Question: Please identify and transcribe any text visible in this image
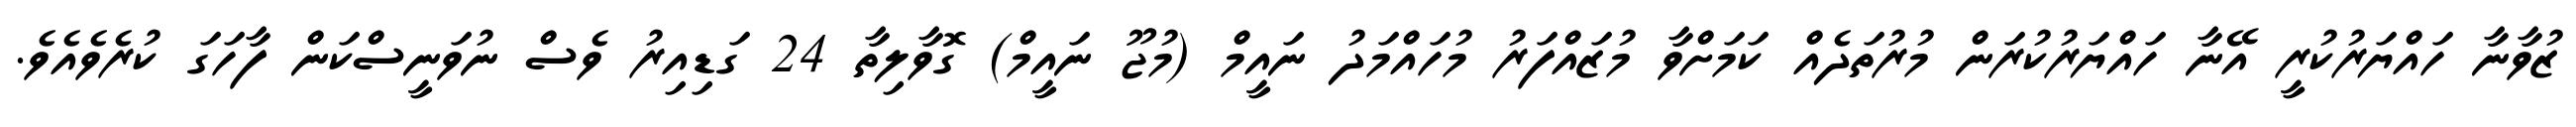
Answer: ޒުވާނާ ހައްޔަރުކުރީ އޭނާ ހައްޔަރުކުރަން މުރުތަދެއް ކަމަށްވާ މުޒައްފަރު މުހައްމަދު ނައީމް (މުޖޫ ނައީމް) ގޮވާލިތާ 24 ގަޑިއިރު ވެސް ނުވަނީސްކަން ފާހަގަ ކުރެވެއެވެ.